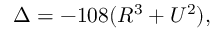
\Delta = - 1 0 8 ( R ^ { 3 } + U ^ { 2 } ) ,